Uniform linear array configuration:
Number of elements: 48
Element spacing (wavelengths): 0.5
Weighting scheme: exponential
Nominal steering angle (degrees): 60
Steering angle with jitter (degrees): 61.953
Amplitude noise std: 0.05
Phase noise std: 0.05

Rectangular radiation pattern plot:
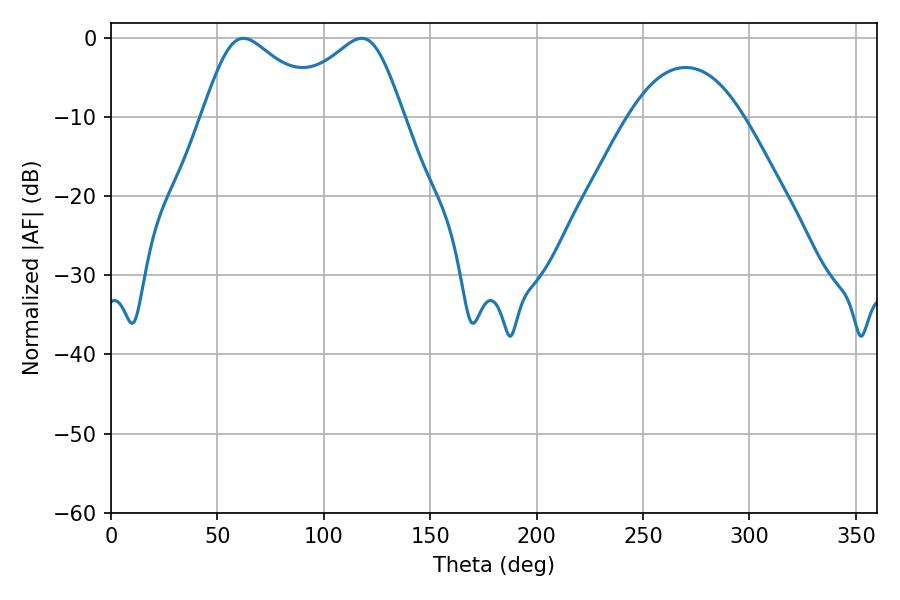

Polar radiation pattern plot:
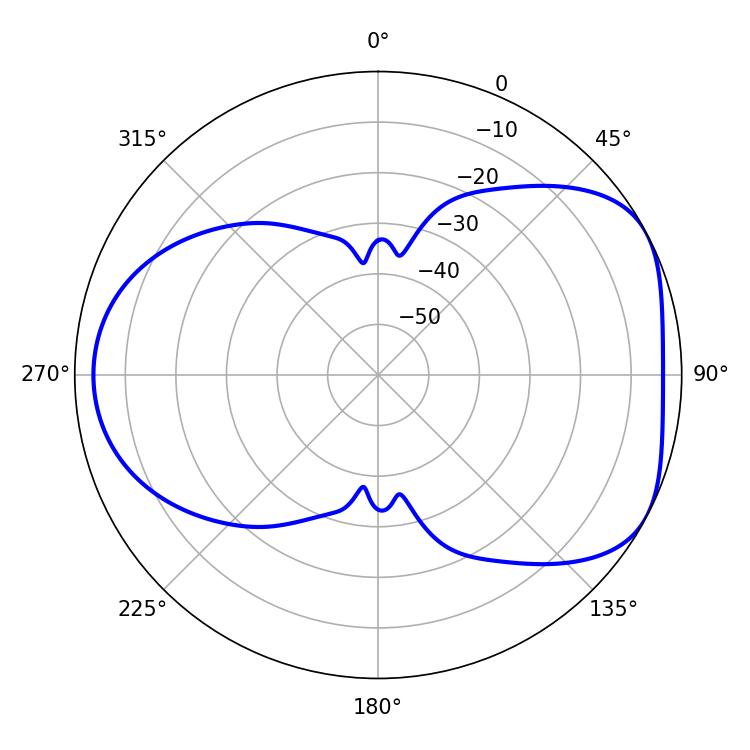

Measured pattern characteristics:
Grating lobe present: FALSE
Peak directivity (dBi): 4.985
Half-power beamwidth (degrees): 28.62
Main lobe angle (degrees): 62.28